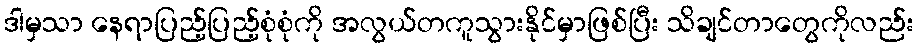
ဒါမှသာ နေရာပြည့်ပြည့်စုံစုံကို အလွယ်တကူသွားနိုင်မှာဖြစ်ပြီး သိချင်တာတွေကိုလည်း